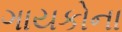
ગાયકોના